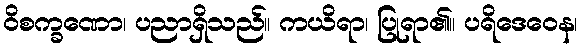
ဝိစက္ခဏော၊ ပညာရှိသည်။ ကယိရာ၊ ပြုရာ၏။ ပရိဒေဝေန၊